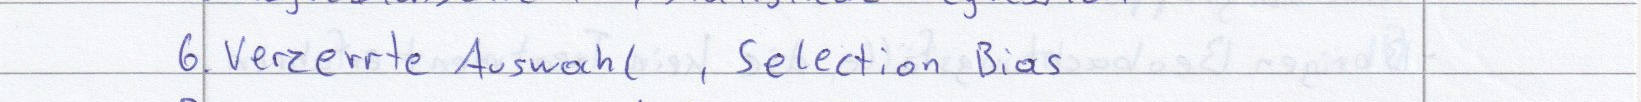
6. Verzerrte Auswahl, Selection Bias